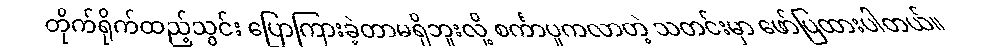
တိုက်ရိုက်ထည့်သွင်း ပြောကြားခဲ့တာမရှိဘူးလို့ စင်္ကာပူကလာတဲ့ သတင်းမှာ ဖော်ပြထားပါတယ်။